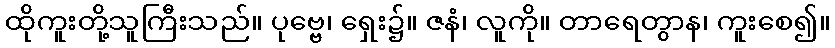
ထိုကူးတို့သူကြီးသည်။ ပုဗ္ဗေ၊ ရှေး၌။ ဇနံ၊ လူကို။ တာရေတွာန၊ ကူးစေ၍။